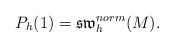
LaTeX: \begin{align*} P_h(1)=\mathfrak{sw}^{norm}_h(M).\end{align*}